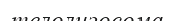
телолизосома